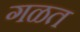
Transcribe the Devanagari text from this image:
गळत